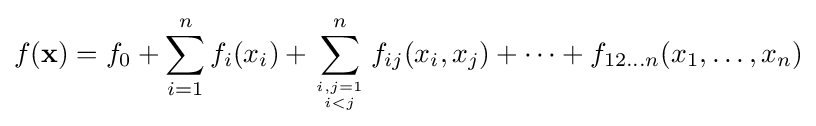
f(\mathbf {x} )=f_{0}+\sum _{i=1}^{n}f_{i}(x_{i})+\sum _{i,j=1 \atop i<j}^{n}f_{ij}(x_{i},x_{j})+\cdots +f_{12\ldots n}(x_{1},\ldots ,x_{n})